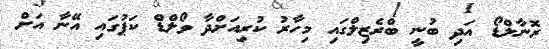
ރޮނާލްޑޯ އަދި ބުނީ ބްރެޒިލްގައި މިހާރު ކުރިއަށްދާ ވޯލްޑް ކަޕުގައި އޭނާ އަށް